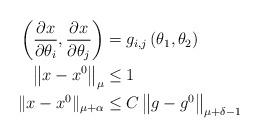
LaTeX: \begin{align*}\left( \frac{\partial x}{\partial\theta_{i}},\frac{\partial x}{\partial\theta_{j}}\right) & =g_{i,j}\left( \theta_{1},\theta_{2}\right) \\\left\Vert x-x^{0}\right\Vert _{\mu} & \leq1\\\Vert x-x^{0}\Vert_{\mu+\alpha} & \leq C\left\Vert g-g^{0}\right\Vert_{\mu+\delta-1}\end{align*}